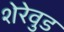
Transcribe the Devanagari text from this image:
शेरेवुड